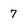
Character: 7